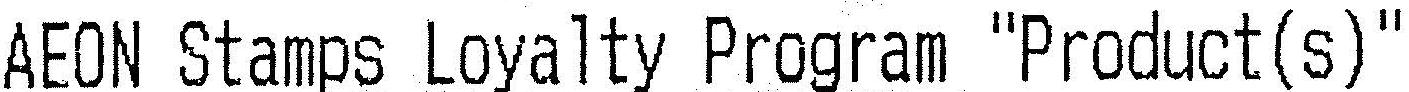
AEON STAMPS LOYALTY PROGRAM "PRODUCT(S)"